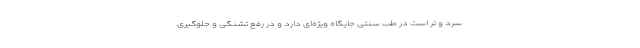
سرد و تر است در طب سنتی جایگاه ویژه‌ای دارد و در رفع تشنگی و جلوگیری